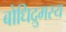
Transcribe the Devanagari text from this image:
बोधिद्रुमस्य